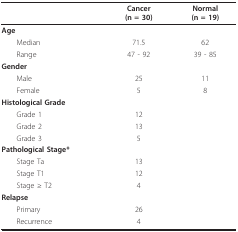
<table><thead><tr><td></td><td><b>Cancer(n = 30)</b></td><td><b>Normal(n = 19)</b></td></tr></thead><tbody><tr><td><b>Age</b></td><td></td><td></td></tr><tr><td> Median</td><td>71.5</td><td>62</td></tr><tr><td> Range</td><td>47 - 92</td><td>39 - 85</td></tr><tr><td><b>Gender</b></td><td></td><td></td></tr><tr><td> Male</td><td>25</td><td>11</td></tr><tr><td> Female</td><td>5</td><td>8</td></tr><tr><td><b>Histological Grade</b></td><td></td><td></td></tr><tr><td> Grade 1</td><td>12</td><td></td></tr><tr><td> Grade 2</td><td>13</td><td></td></tr><tr><td> Grade 3</td><td>5</td><td></td></tr><tr><td><b>Pathological Stage*</b></td><td></td><td></td></tr><tr><td> Stage Ta</td><td>13</td><td></td></tr><tr><td> Stage T1</td><td>12</td><td></td></tr><tr><td> Stage ≥ T2</td><td>4</td><td></td></tr><tr><td><b>Relapse</b></td><td></td><td></td></tr><tr><td> Primary</td><td>26</td><td></td></tr><tr><td> Recurrence</td><td>4</td><td></td></tr></tbody></table>